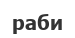
раби